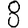
Digit: 8